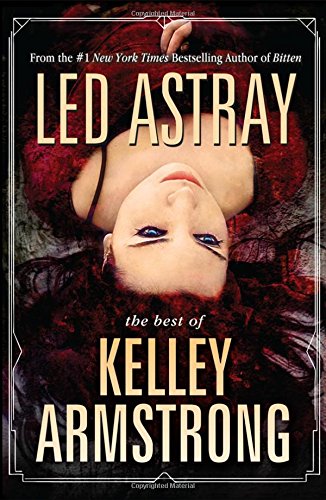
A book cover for Led Astray: The Best of Kelley Armstrong; Kelley Armstrong; Science Fiction & Fantasy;